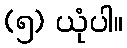
(၅) ယုံပါ။